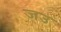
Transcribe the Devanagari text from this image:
जउ